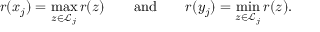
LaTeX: r ( x _ { j } ) = \operatorname* { m a x } _ { z \in { \mathcal { L } } _ { j } } r ( z ) \qquad { \mathrm { a n d } } \qquad r ( y _ { j } ) = \operatorname* { m i n } _ { z \in { \mathcal { L } } _ { j } } r ( z ) .